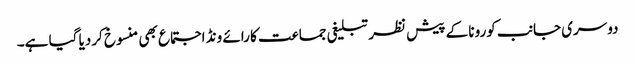
دوسری جانب کورونا کے پیش نظر تبلیغی جماعت کا رائے ونڈ اجتماع بھی منسوخ کردیا گیا ہے۔